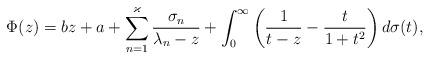
LaTeX: \begin{align*} \Phi(z)= bz + a + \sum_{n=1}^{\varkappa}\frac{\sigma_n}{\lambda_n-z} + \int_0^\infty\left(\frac{1}{t-z}-\frac{t}{1+t^2}\right)d\sigma(t), \end{align*}